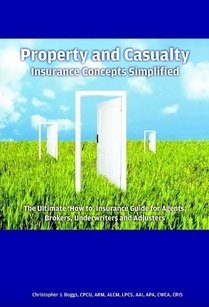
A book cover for Property and Casualty Insurance Concepts Simplified; Christopher J. Boggs; Business & Money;